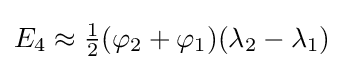
{\textstyle E_{4}\approx {\frac {1}{2}}(\varphi _{2}+\varphi _{1})(\lambda _{2}-\lambda _{1})}